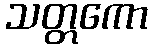
သတ္တကော